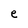
Character: e